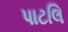
પાટલિ